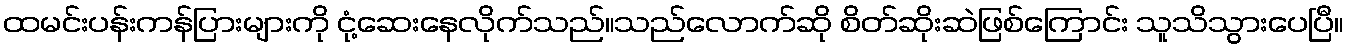
ထမင်းပန်းကန်ပြားများကို ငုံ့ဆေးနေလိုက်သည်။သည်လောက်ဆို စိတ်ဆိုးဆဲဖြစ်ကြောင်း သူသိသွားပေပြီ။